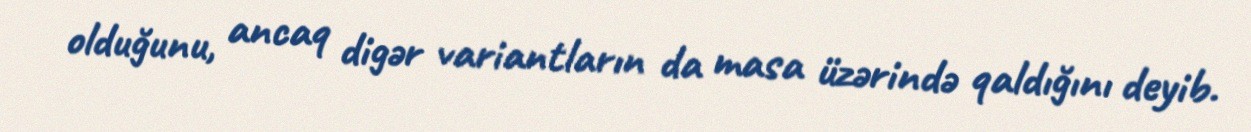
olduğunu, ancaq digər variantların da masa üzərində qaldığını deyib.